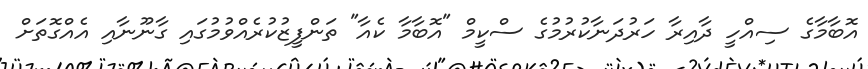
އޮބާމާގެ ސިއްހީ ދާއިރާ ހަރުދަނާކުރުމުގެ ސްކީމް "އޮބާމާ ކެއާ" ތަންފީޒުކުރެއްވުމުގައި ގާނޫނާއި އެއްގޮތަށް